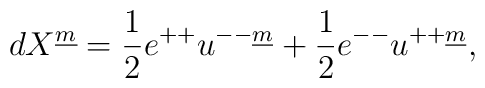
dX^{\underline{m}} ={1\over 2} e^{++} u^{--\underline{m}}+ {1\over 2} e^{--} u^{++\underline{m}},